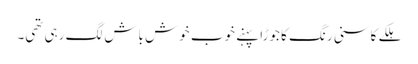
ہلکے کاسنی رنگ کا جوڑا پہنے خوب خوش باش لگ رہی تھی۔